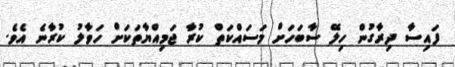
ފައިސާ ދިރާގުން ހިލޭ ސާބަހަށް މަސައްކަތް ކުރާ ޖަމިއްޔާތަކަށް ހަވާލު ކުރާނެ އެވެ.